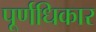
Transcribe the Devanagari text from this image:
पूर्णधिकार